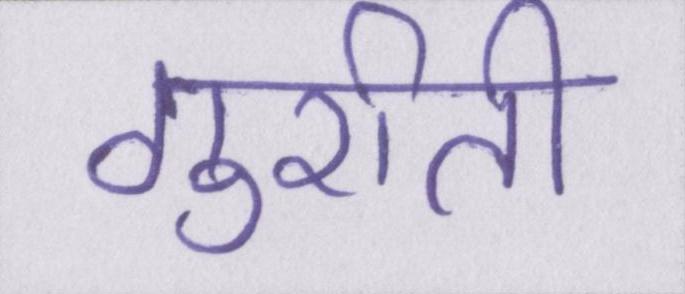
गुर्राती